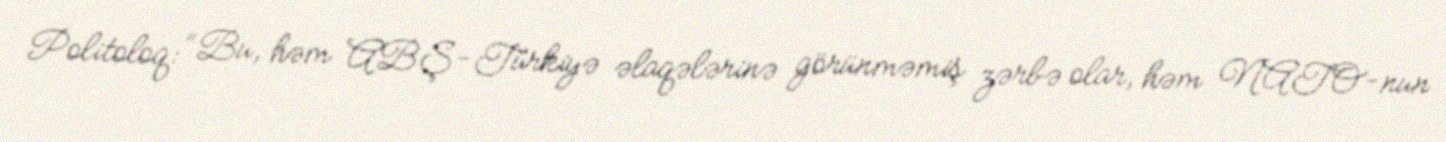
Politoloq: “Bu, həm ABŞ-Türkiyə əlaqələrinə görünməmiş zərbə olar, həm NATO-nun